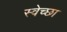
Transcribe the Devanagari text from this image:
स्‍वेच्‍छा